Document type: Sale
Year: 1461
Scribe: [Unknown]
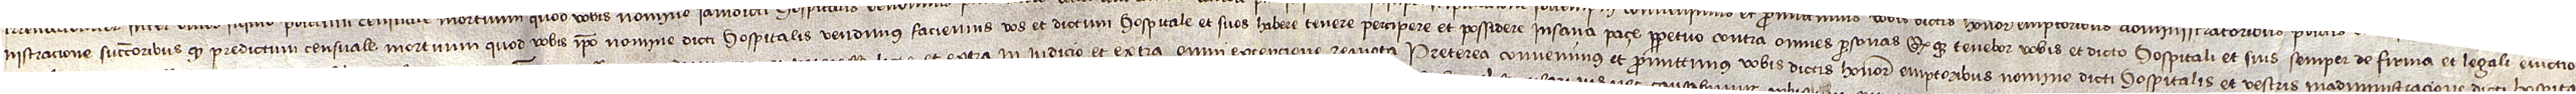
nistracione successoribus quod predictum censuale mortuum quod vobis ipso nomine dicti hospitalis vendimus faciemus vos et dictum hospitale et suos habere, tenere, percipere et possidere in sana paçe perpetuo contra omnes personas; quodque tenebor vobis et dicto hospitali et suis semper de firma et legali evictio-